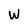
Character: w